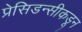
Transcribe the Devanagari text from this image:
प्रेसिडन्सीकडून